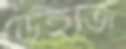
ডেইজি